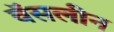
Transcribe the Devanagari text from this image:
वॅसलीन